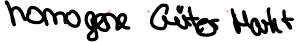
homogene Güter Markt